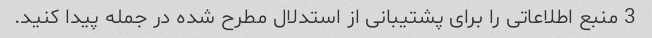
3 منبع اطلاعاتی را برای پشتیبانی از استدلال مطرح شده در جمله پیدا کنید.